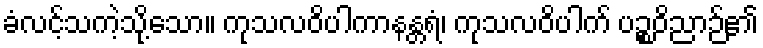
ခံလင့်သကဲ့သို့သော။ ကုသလဝိပါကာနန္တရံ၊ ကုသလဝိပါက် ပဉ္စဝိညာဉ်၏